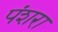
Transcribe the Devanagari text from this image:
पंशरा